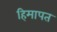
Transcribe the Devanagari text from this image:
हिमापत